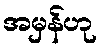
အမှန်ဟု